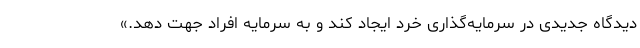
دیدگاه جدیدی در سرمایه‌گذاری خرد ایجاد کند و به سرمایه افراد جهت دهد.»